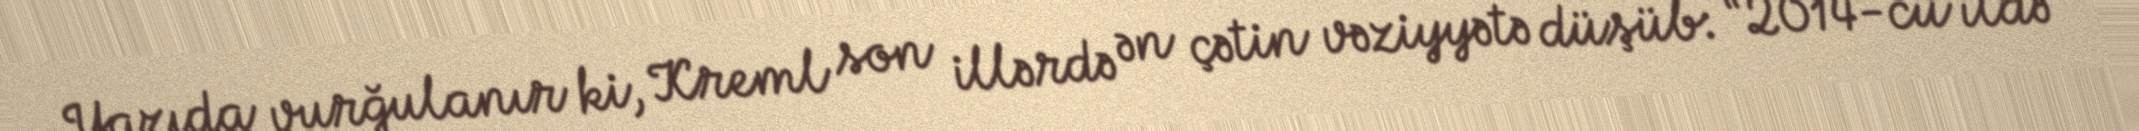
Yazıda vurğulanır ki, Kreml son illərdə ən çətin vəziyyətə düşüb: “2014-cü ildə